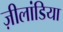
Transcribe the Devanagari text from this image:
ज़ीलांडिया